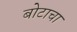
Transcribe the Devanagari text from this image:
बोटाचा